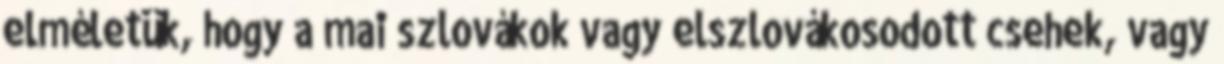
elméletük, hogy a mai szlovákok vagy elszlovákosodott csehek, vagy